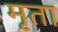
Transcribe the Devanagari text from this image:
मृता